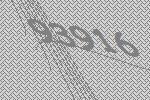
93916